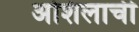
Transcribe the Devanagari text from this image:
अशिलाची